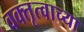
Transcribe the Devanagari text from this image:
वक्तृत्वाच्या